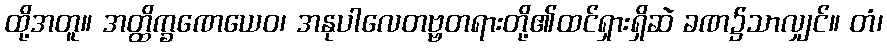
ထို့အတူ။ အတ္ထိက္ခဏေယေဝ၊ အနုပါလေတဗ္ဗတရားတို့၏ထင်ရှားရှိဆဲ ခဏ၌သာလျှင်။ တံ၊